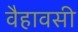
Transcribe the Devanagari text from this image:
वैहावसी